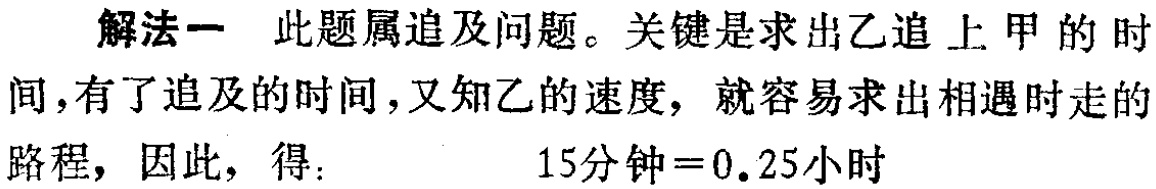
解法一 此题属追及问题。关键是求出乙追上甲的时

间，有了追及的时间，又知乙的速度，就容易求出相遇时走的

路程，因此，得：\(15分钟 = 0.25小时\)